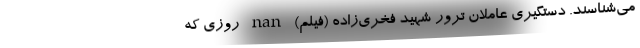
می‌شناسند. دستگیری عاملان ترور شهید فخری‌زاده (فیلم) nan روزی که